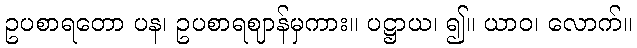
ဥပစာရတော ပန၊ ဥပစာရဈာန်မှကား။ ပဋ္ဌာယ၊ ၍။ ယာဝ၊ လောက်။